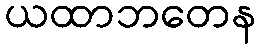
ယထာဘတေန